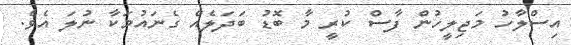
އިސްލާހު މަޖިލީހުން ފާސް ކުރީ މާ ބޮޑު ބަދަލެއް ގެނައުމަކާ ނުލަ އެވެ.